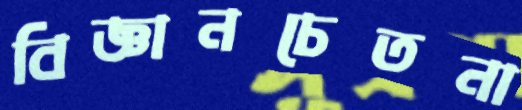
বিজ্ঞানচেতনা